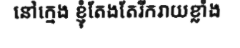
នៅក្មេង ខ្ញុំតែងតែរីករាយខ្លាំង